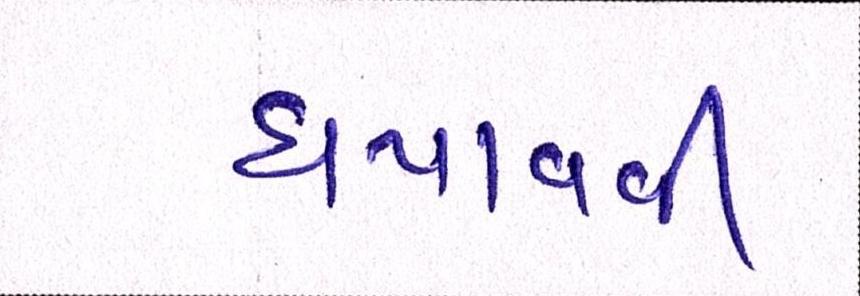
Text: ધપાવવી